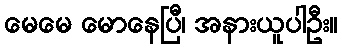
မေမေ မောနေပြီ၊ အနားယူပါဦး။